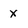
Character: X